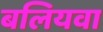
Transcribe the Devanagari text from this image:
बलियवा